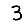
Digit: 3